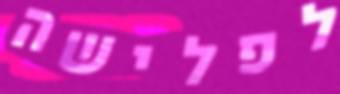
לפלישה